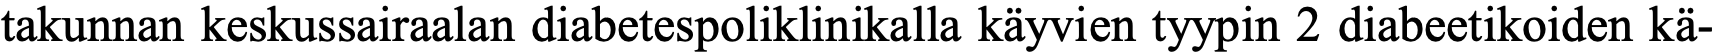
takunnan keskussairaalan diabetespoliklinikalla käyvien tyypin 2 diabeetikoiden kä-